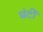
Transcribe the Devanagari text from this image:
बंटीं